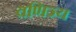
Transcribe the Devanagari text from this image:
वणिज्य